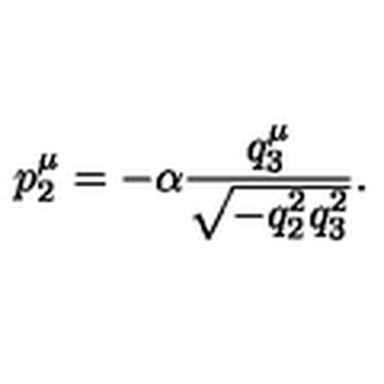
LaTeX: p _ { 2 } ^ { \mu } = - \alpha \frac { q _ { 3 } ^ { \mu } } { \sqrt { - q _ { 2 } ^ { 2 } q _ { 3 } ^ { 2 } } } .